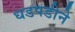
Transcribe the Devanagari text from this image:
धडपडीने